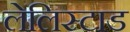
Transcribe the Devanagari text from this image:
लेलिस्टाड